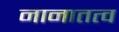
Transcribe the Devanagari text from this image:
नानातत्व